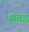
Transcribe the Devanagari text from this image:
संवद्ध